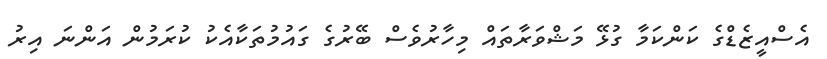
އެސްއީޒެޑްގެ ކަންކަމާ ގުޅޭ މަޝްވަރާތައް މިހާރުވެސް ބޭރުގެ ގައުމުތަކާއެކު ކުރަމުން އަންނަ އިރު